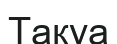
Тақуа